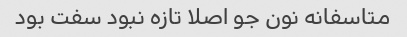
متاسفانه نون جو اصلا تازه نبود سفت بود